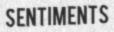
SENTIMENTS